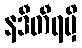
နဒီတီရမှိ